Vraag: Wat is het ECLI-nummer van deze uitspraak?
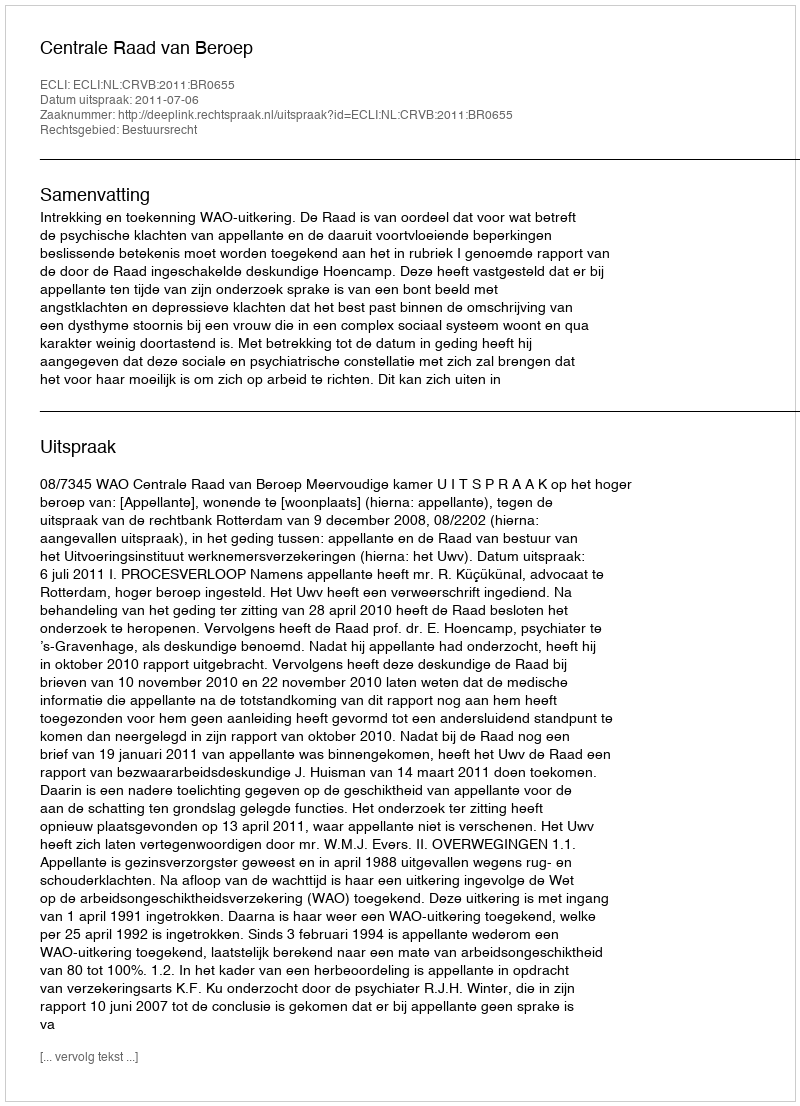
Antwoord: ECLI:NL:CRVB:2011:BR0655